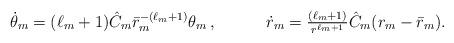
LaTeX: \begin{align*}\dot{\theta}_m&=(\ell_m+1)\Hat{C}_m\Bar{r}_m^{-(\ell_m+1)}\theta_m\,,&\dot{r}_m&=\tfrac{(\ell_m+1)}{r^{\ell_m+1}}\Hat{C}_m(r_m-\Bar{r}_m).\end{align*}